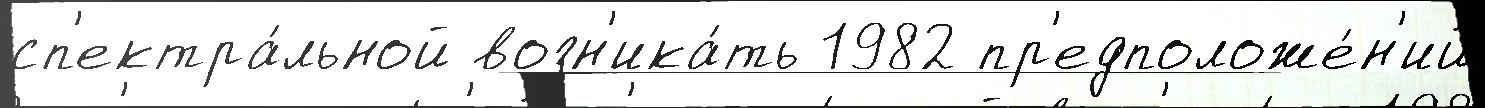
сп'ектра́льной возн'ика́ть 1982 пр'едположе́н'ий